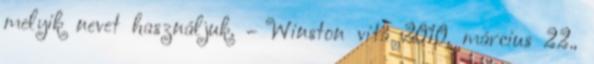
melyik nevet használjuk. – Winston vita 2010. március 22.,